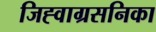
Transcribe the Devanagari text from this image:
जिह्वाग्रसनिका